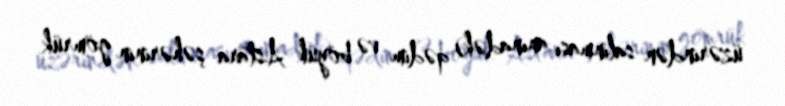
üzərindən salınması anınadək) qədim və böyük Astara şəhərinin gömrük